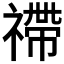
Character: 𥛣